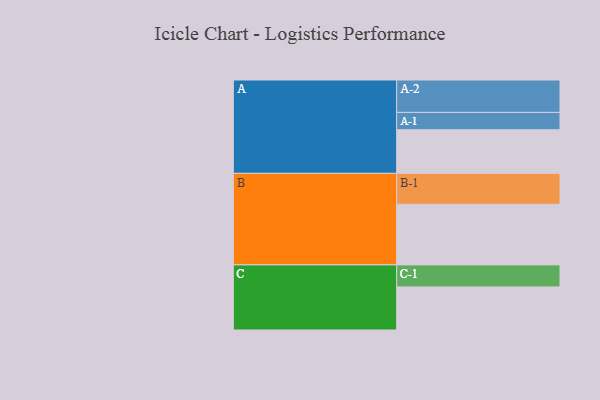
{"axis": {"x": "Segment", "y": "Value"}, "legend": ["", "A", "B", "C"], "data": [{"x": "A", "y": 386, "type": ""}, {"x": "B", "y": 537, "type": ""}, {"x": "C", "y": 382, "type": ""}, {"x": "A-1", "y": 154, "type": "A"}, {"x": "A-2", "y": 287, "type": "A"}, {"x": "B-1", "y": 274, "type": "B"}, {"x": "C-1", "y": 195, "type": "C"}]}